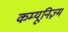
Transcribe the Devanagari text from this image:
कम्यूनिज़्म